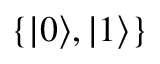
\{ | 0 \rangle , | 1 \rangle \}